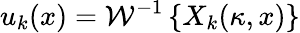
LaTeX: u_{k}(x)=\mathcal{W}^{-1}\left\{ X_{k}(\kappa,x)\right\}